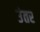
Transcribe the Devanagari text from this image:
उंतर